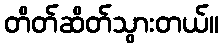
တိတ်ဆိတ်သွားတယ်။